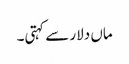
ماں دلار سے کہتی۔